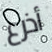
أذرع